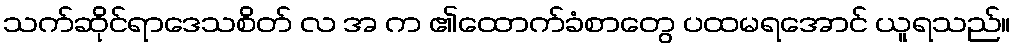
သက်ဆိုင်ရာဒေသစိတ် လ အ က ၏ထောက်ခံစာတွေ ပထမရအောင် ယူရသည်။